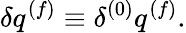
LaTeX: \delta q^{(f)}\equiv\delta^{(0)}q^{(f)}.